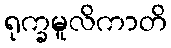
ရုက္ခမူလိကာတိ